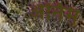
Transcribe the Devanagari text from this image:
अर्निम